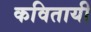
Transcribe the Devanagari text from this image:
कवितायी